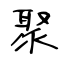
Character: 聚